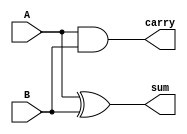
module half_adder #(
    parameter input_width = 1  // Default input width is 1
)(
    input  [input_width-1:0] A,  // First input operand
    input  [input_width-1:0] B,  // Second input operand
    output reg sum,                // Sum output
    output reg carry               // Carry output
);

    always @(*) begin
        sum   = A ^ B;   // Sum is calculated using XOR
        carry = A & B;   // Carry is calculated using AND
    end

endmodule